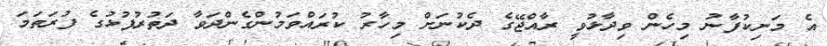
އެ މަނިކުފާނު މިހެން ވިދާޅުވީ ރާއްޖޭގެ ދެކުނަށް މިހާރު ކުރައްވަމުންގެންދަވާ ދަތުރުފުޅުގެ ފުރަތަމަ